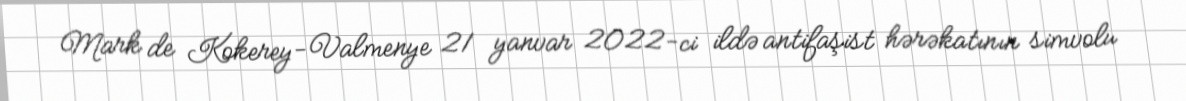
Mark de Kokerey-Valmenye 21 yanvar 2022-ci ildə antifaşist hərəkatının simvolu